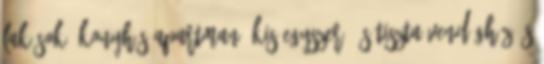
lakások, konyhás apartman, kis egyszerű és tiszta vendégház és